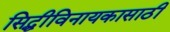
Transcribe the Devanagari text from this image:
सिद्धीविनायकासाठी